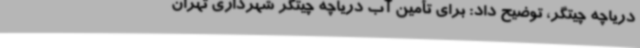
دریاچه چیتگر، توضیح داد: برای تأمین آب دریاچه چیتگر شهرداری تهران